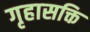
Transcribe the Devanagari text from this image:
गृहासक्ति